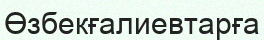
Өзбекғалиевтарға